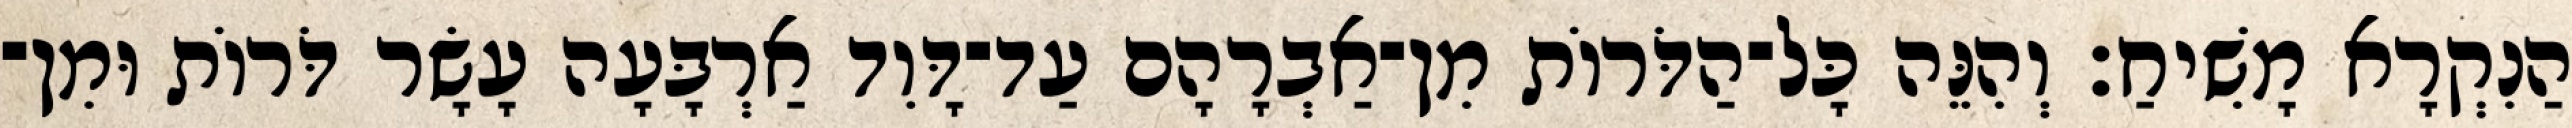
הַנִקְרָא מָשִׁיחַ׃ וְהִנֵּה כָּל־הַדֹּרוֹת מִן־אַבְרָהָם עַד־דָּוִד אַרְבָּעָה עָשָׂר דֹּרוֹת וּמִן־